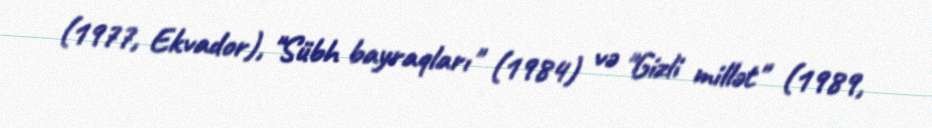
(1977, Ekvador), "Sübh bayraqları" (1984) və "Gizli millət" (1989,